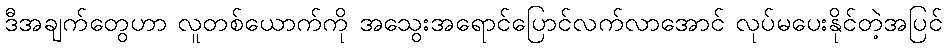
ဒီအချက်တွေဟာ လူတစ်ယောက်ကို အသွေးအရောင်ပြောင်လက်လာအောင် လုပ်မပေးနိုင်တဲ့အပြင်